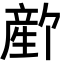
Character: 𬎻